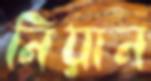
নিয়ান